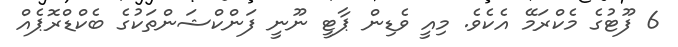
6 ފޫޓުގެ މެކްރަމޭ އެކެވެ. މިއީ ވެޑިން ޕާޓީ ނޫނީ ފަންކްޝަންތަކުގެ ބެކްޑްރޮޕެއް